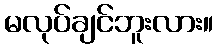
မလုပ်ချင်ဘူးလား။